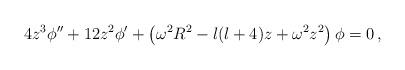
LaTeX: \begin{align*}4 z^3 \phi '' + 12 z^2 \phi ' + \left( \omega^2 R^2 - l(l+4) z + \omega^2 z^2 \right) \phi = 0 \,,\end{align*}